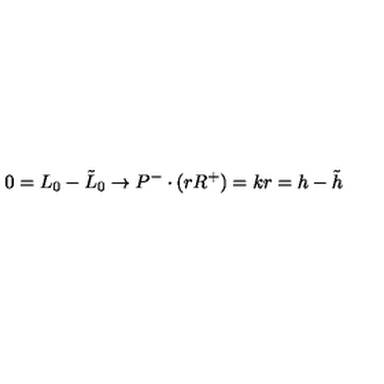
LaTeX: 0 = L _ { 0 } - \tilde { L } _ { 0 } \rightarrow P ^ { - } \cdot ( r R ^ { + } ) = k r = h - \tilde { h }